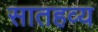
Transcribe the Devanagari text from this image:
सातहव्य